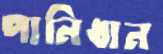
পানিধান